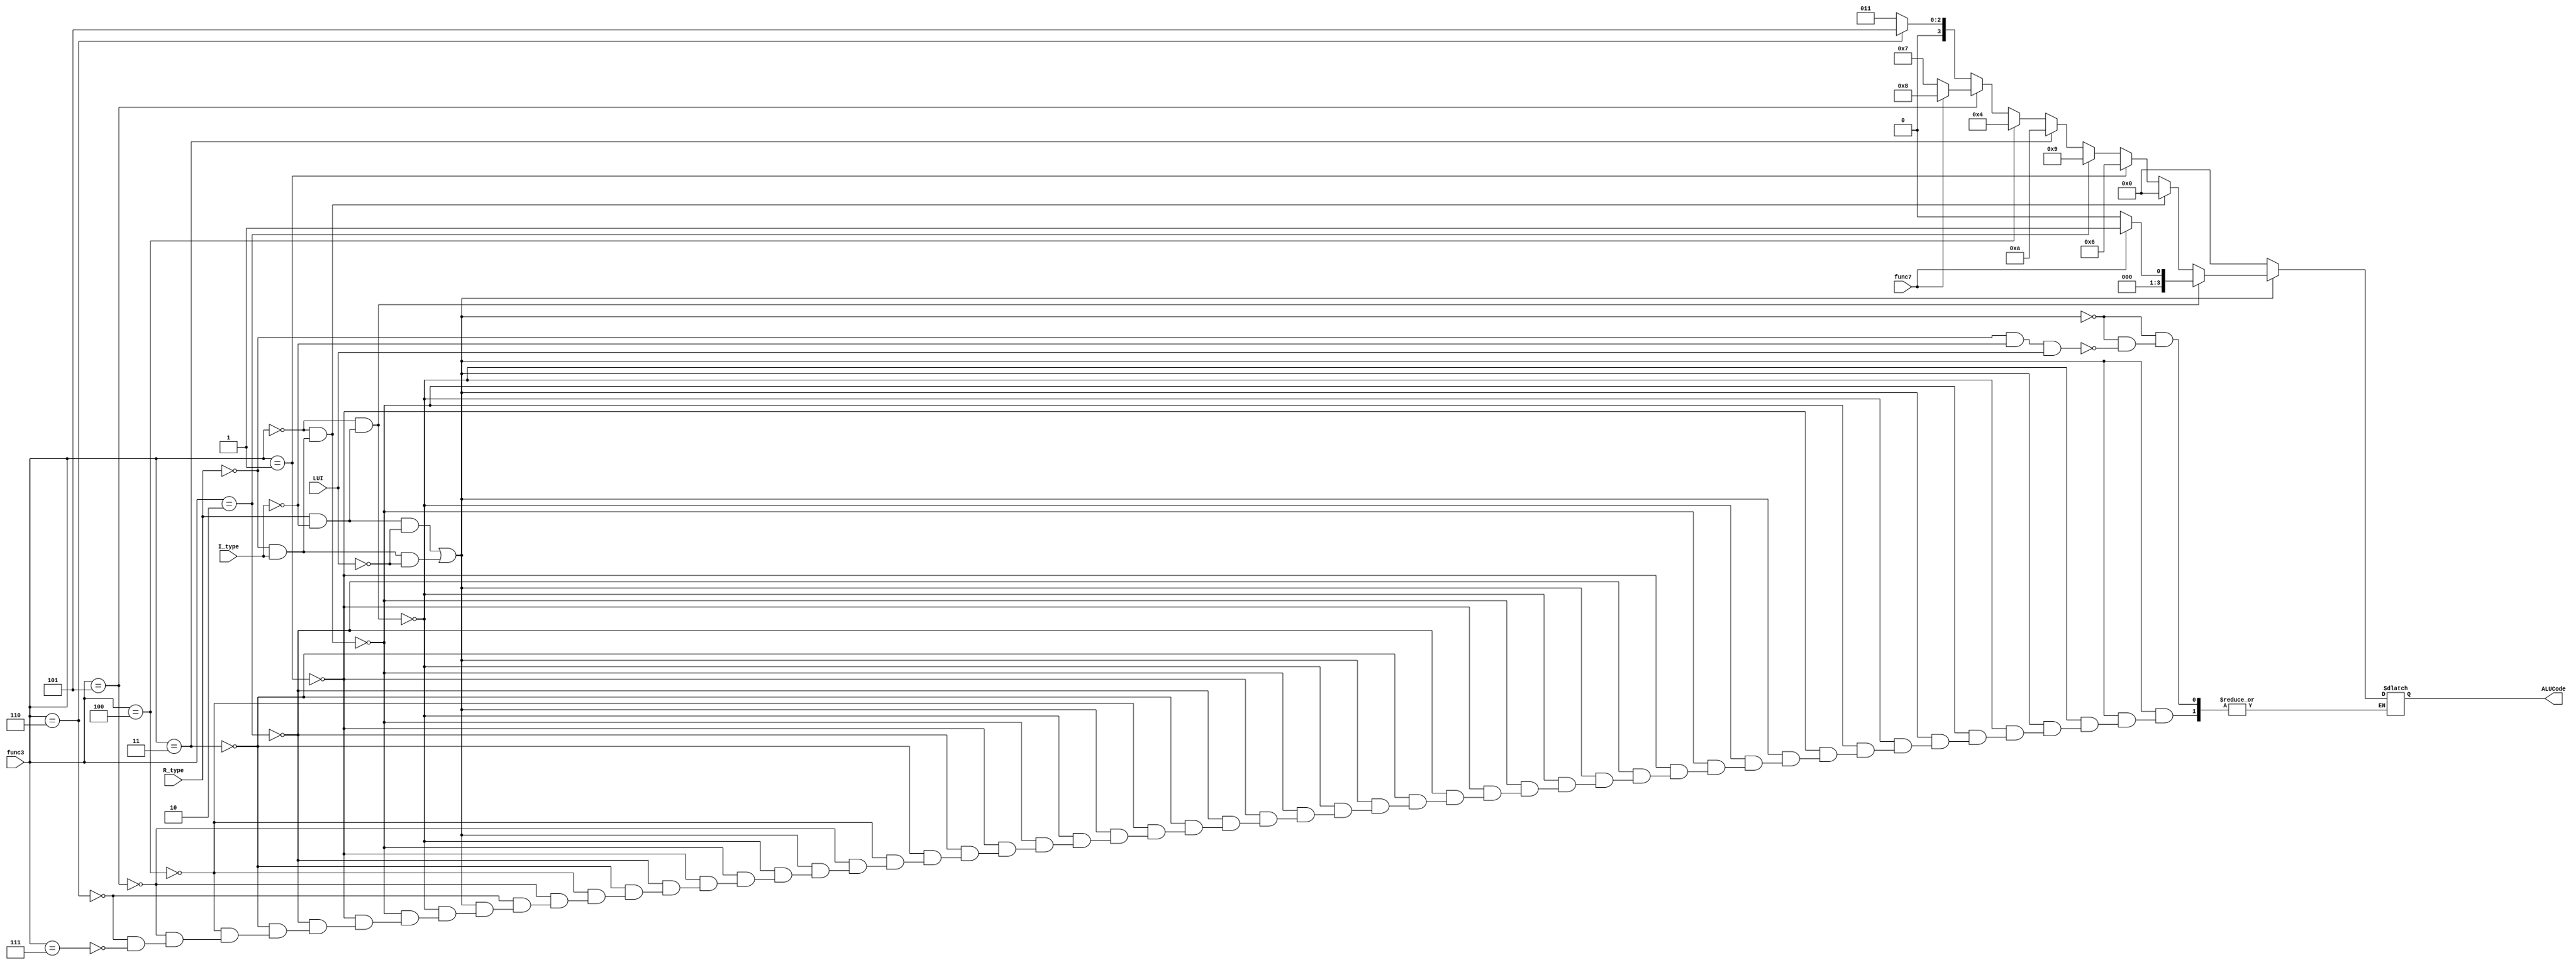
module ALUCoder (
    input R_type, I_type, LUI,
    input [2:0] func3,
    input func7,
    output reg [3:0] ALUCode
);
always @(*) begin
    if((R_type==1 && I_type==0 && LUI==0)||(R_type==0 && I_type==1 && LUI==0))begin
        if(func3==3'o0 && (R_type==1 && I_type==0))
            ALUCode= (func7==1'b0)?4'd0:4'd1;
        else if(func3==3'o0 && (R_type==0 && I_type==1))
            ALUCode= 4'd0;
        else if(func3==3'o1)
            ALUCode= 4'd6;
        else if(func3==3'o2)
            ALUCode= 4'd9;
        else if(func3==3'o3)
            ALUCode= 4'd10;
        else if(func3==3'o4)
            ALUCode= 4'd4;
        else if(func3==3'o5)
            ALUCode= (func7==1'b0)?4'd7:4'd8;
        else if(func3==3'o6)
            ALUCode= 4'd5;
        else if(func3==3'o7)
            ALUCode= 4'd3;
    end
    else if(R_type==0 && I_type==0 && LUI==1)
            ALUCode= 4'd0;
end
endmodule